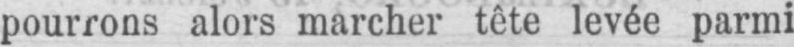
pourrons alors marcher tête levée parmi